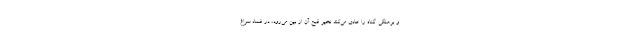
و برهنگی گناه را عادی می‌کند نخیر قبح آن از بین می‌رود، در فساد سراغ